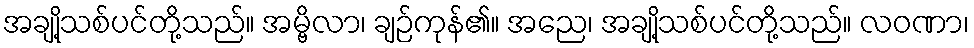
အချို့သစ်ပင်တို့သည်။ အမ္ဗိလာ၊ ချဉ်ကုန်၏။ အညေ၊ အချို့သစ်ပင်တို့သည်။ လဝဏာ၊